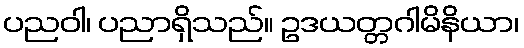
ပညဝါ၊ ပညာရှိသည်။ ဥဒယတ္တဂါမိနိယာ၊